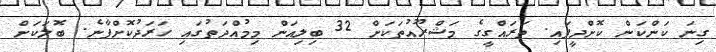
ގިނަ ކަންކަން ކޮށްދީފައި. ތަަރައްގީގެ މަޝްރޫއުތަކަށް 32 ބިލިއަން މިމުއްދަތުގައި ހަރަދުކޮށްފާނެ. ބޮލަކަށް